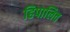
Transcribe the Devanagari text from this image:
हिपालिव